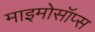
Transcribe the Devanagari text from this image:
माइमोसॉप्स